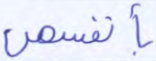
بأنفسهن